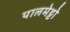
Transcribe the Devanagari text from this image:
पालमेट्टो